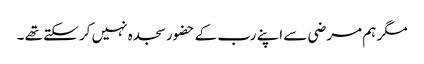
مگر ہم مرضی سے اپنے رب کے حضور سجدہ نہیں کر سکتے تھے ۔